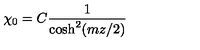
\chi _ { 0 } = C \frac { 1 } { \cosh ^ { 2 } ( m z / 2 ) }